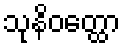
သုနိဝတ္ထော